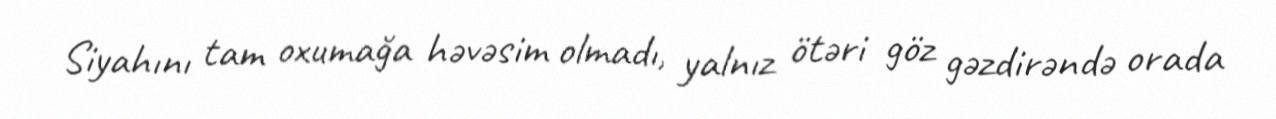
Siyahını tam oxumağa həvəsim olmadı, yalnız ötəri göz gəzdirəndə orada